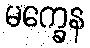
မက္ခေန